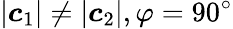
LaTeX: \lvert\boldsymbol c_{1}\rvert\neq\lvert\boldsymbol c_{2}\rvert,\varphi=90^{\circ}